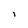
Character: I